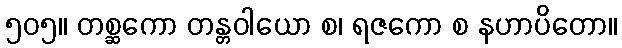
၅၀၅။ တစ္ဆကော တန္တဝါယော စ၊ ရဇကော စ နဟာပိတော။